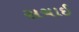
સચાઈ